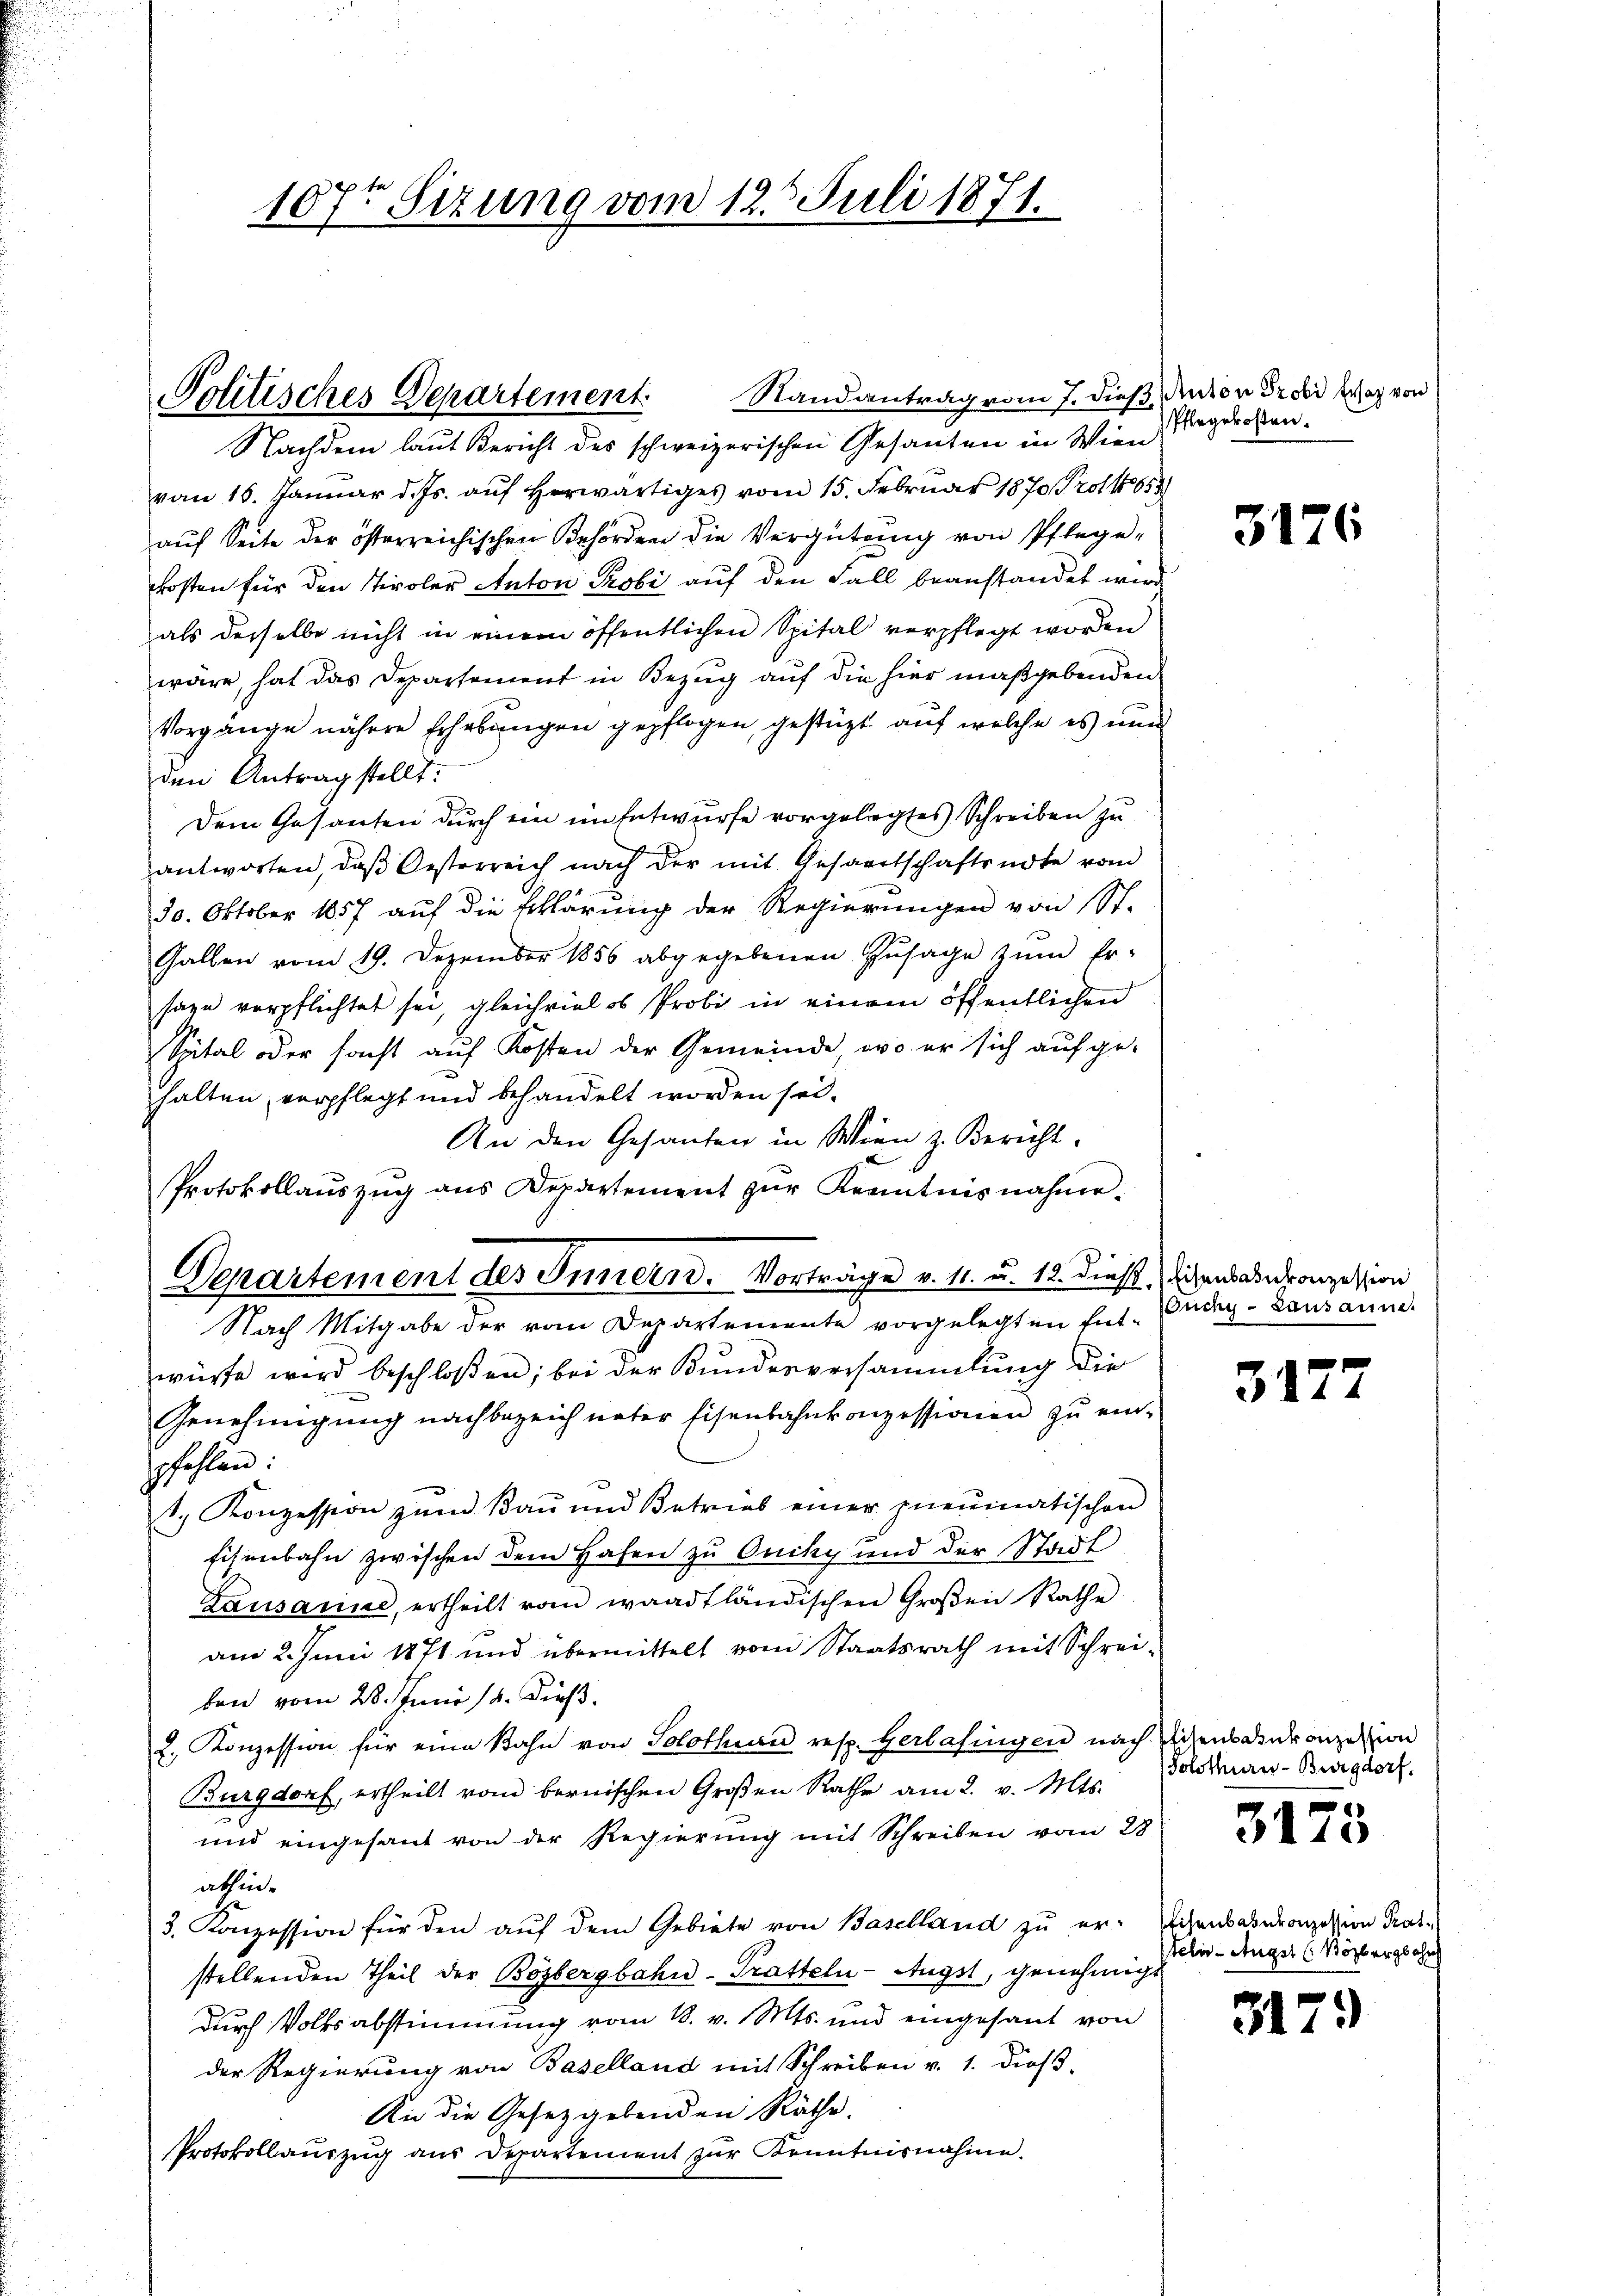
107r Sitzung vom 12. Juli 1871.

Politisches Departement. Randantrag vom 7. dieß, dedien ordi Wag von
Nachdem laut Bericht des schweizerischen Gesanten in Wien
vom 16. Januar d. Js. aŭf herwärtiges vom 15. Februar 1870 Protk 653
auf Seite der österreichischen Behörden die Vergütung von Pflege-
kosten für den Tiroler Anton Probi auf den Fall beanstandet wird
als derselbe nicht in einem öffentlichen Spital verpflegt worden
wäre, hat das Departement in Bezug auf die hier maßgebenden
Vorgange nähere Erhebungen gepflogen, gestützt auf welche es nun
den Antrag stellt.
Dem Gesanten durch ein im Entwurfe vorgelegtes Schreiben zu
antworten, daß Oesterreich nach der mit Gesandtschaftsnote vom
30. Oktober 1857 auf die Erklärung der Regierungen von St.
Gallen vom 19. Dezember 1856 abgegebenen Zusage zŭm Er-
sage verpflichtet sei, gleichviel es Probi in einem öffentlichen
Spital oder sacht auf Kosten der Gemeinde, wo er sich aufge-
halten, verpflegt und behandelt worden sei.
An den Gesanten in Wien z. Bericht.
Protokollaŭszŭg ans Departement zŭr Kenntnisnahme.
Departement des Innern. Vorträge v. 11. u. 12. dieß sichendeseronzession
Nach Mitgabe der vom Departemente vorgelegten Ent. Endig-Lausanne.
würfe wird beschloßen; bei der Bundesversammlung die
Genehmigŭng nachbezeich unter Eisenbahnkonzessionen zŭ ein-
fehlen:
1. Konzession zŭm Bau und Betrieb einer Ineumatischen
Eisenbahn zwischen dem Hafen zu Ouchy und der Stadt
Lausanne, ertheilt vom waadtländischen Großen Rathe
am 2. Juni 1871 und übermittelt vom Staatsrath mit Schrei-
ben vom 28. Juni 18. dieß.
2. Konzession für eine Bahn von Solothurn resp. Gerlafingen nach Eigens duranze von
Burgdorf, ertheilt vom bernischen Großen Rathe am 2. v. Mts.
und eingesant von der Regierung mit Schreiben vom 28.
athin.
3. Konzession für den auf dem Gebiete von Baselland zu er- Eichensaburonzession Prasstellenden Theil der Bözbergbahn-Tratteln- Augst, genehmigt
Durch Volksabstimmung vom 18. v. Mts. und eingesant von
der Regierung von Baselland mit Schreiben v. 1. dieß-
An die Gesetzgebenden Räthe.
Protokollauszug aus Departement zŭr Kenntnisnahme.

Pflegerosten.

3176

3177

Solothurn-Burgdorf.

3173

telis Augst (Bözbergbahn

3179